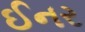
ઈનર